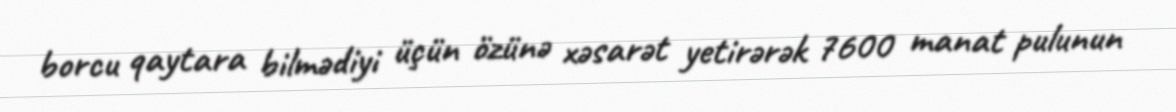
borcu qaytara bilmədiyi üçün özünə xəsarət yetirərək 7600 manat pulunun